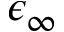
\epsilon _ { \infty }